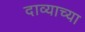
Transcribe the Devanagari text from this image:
दाव्याच्या